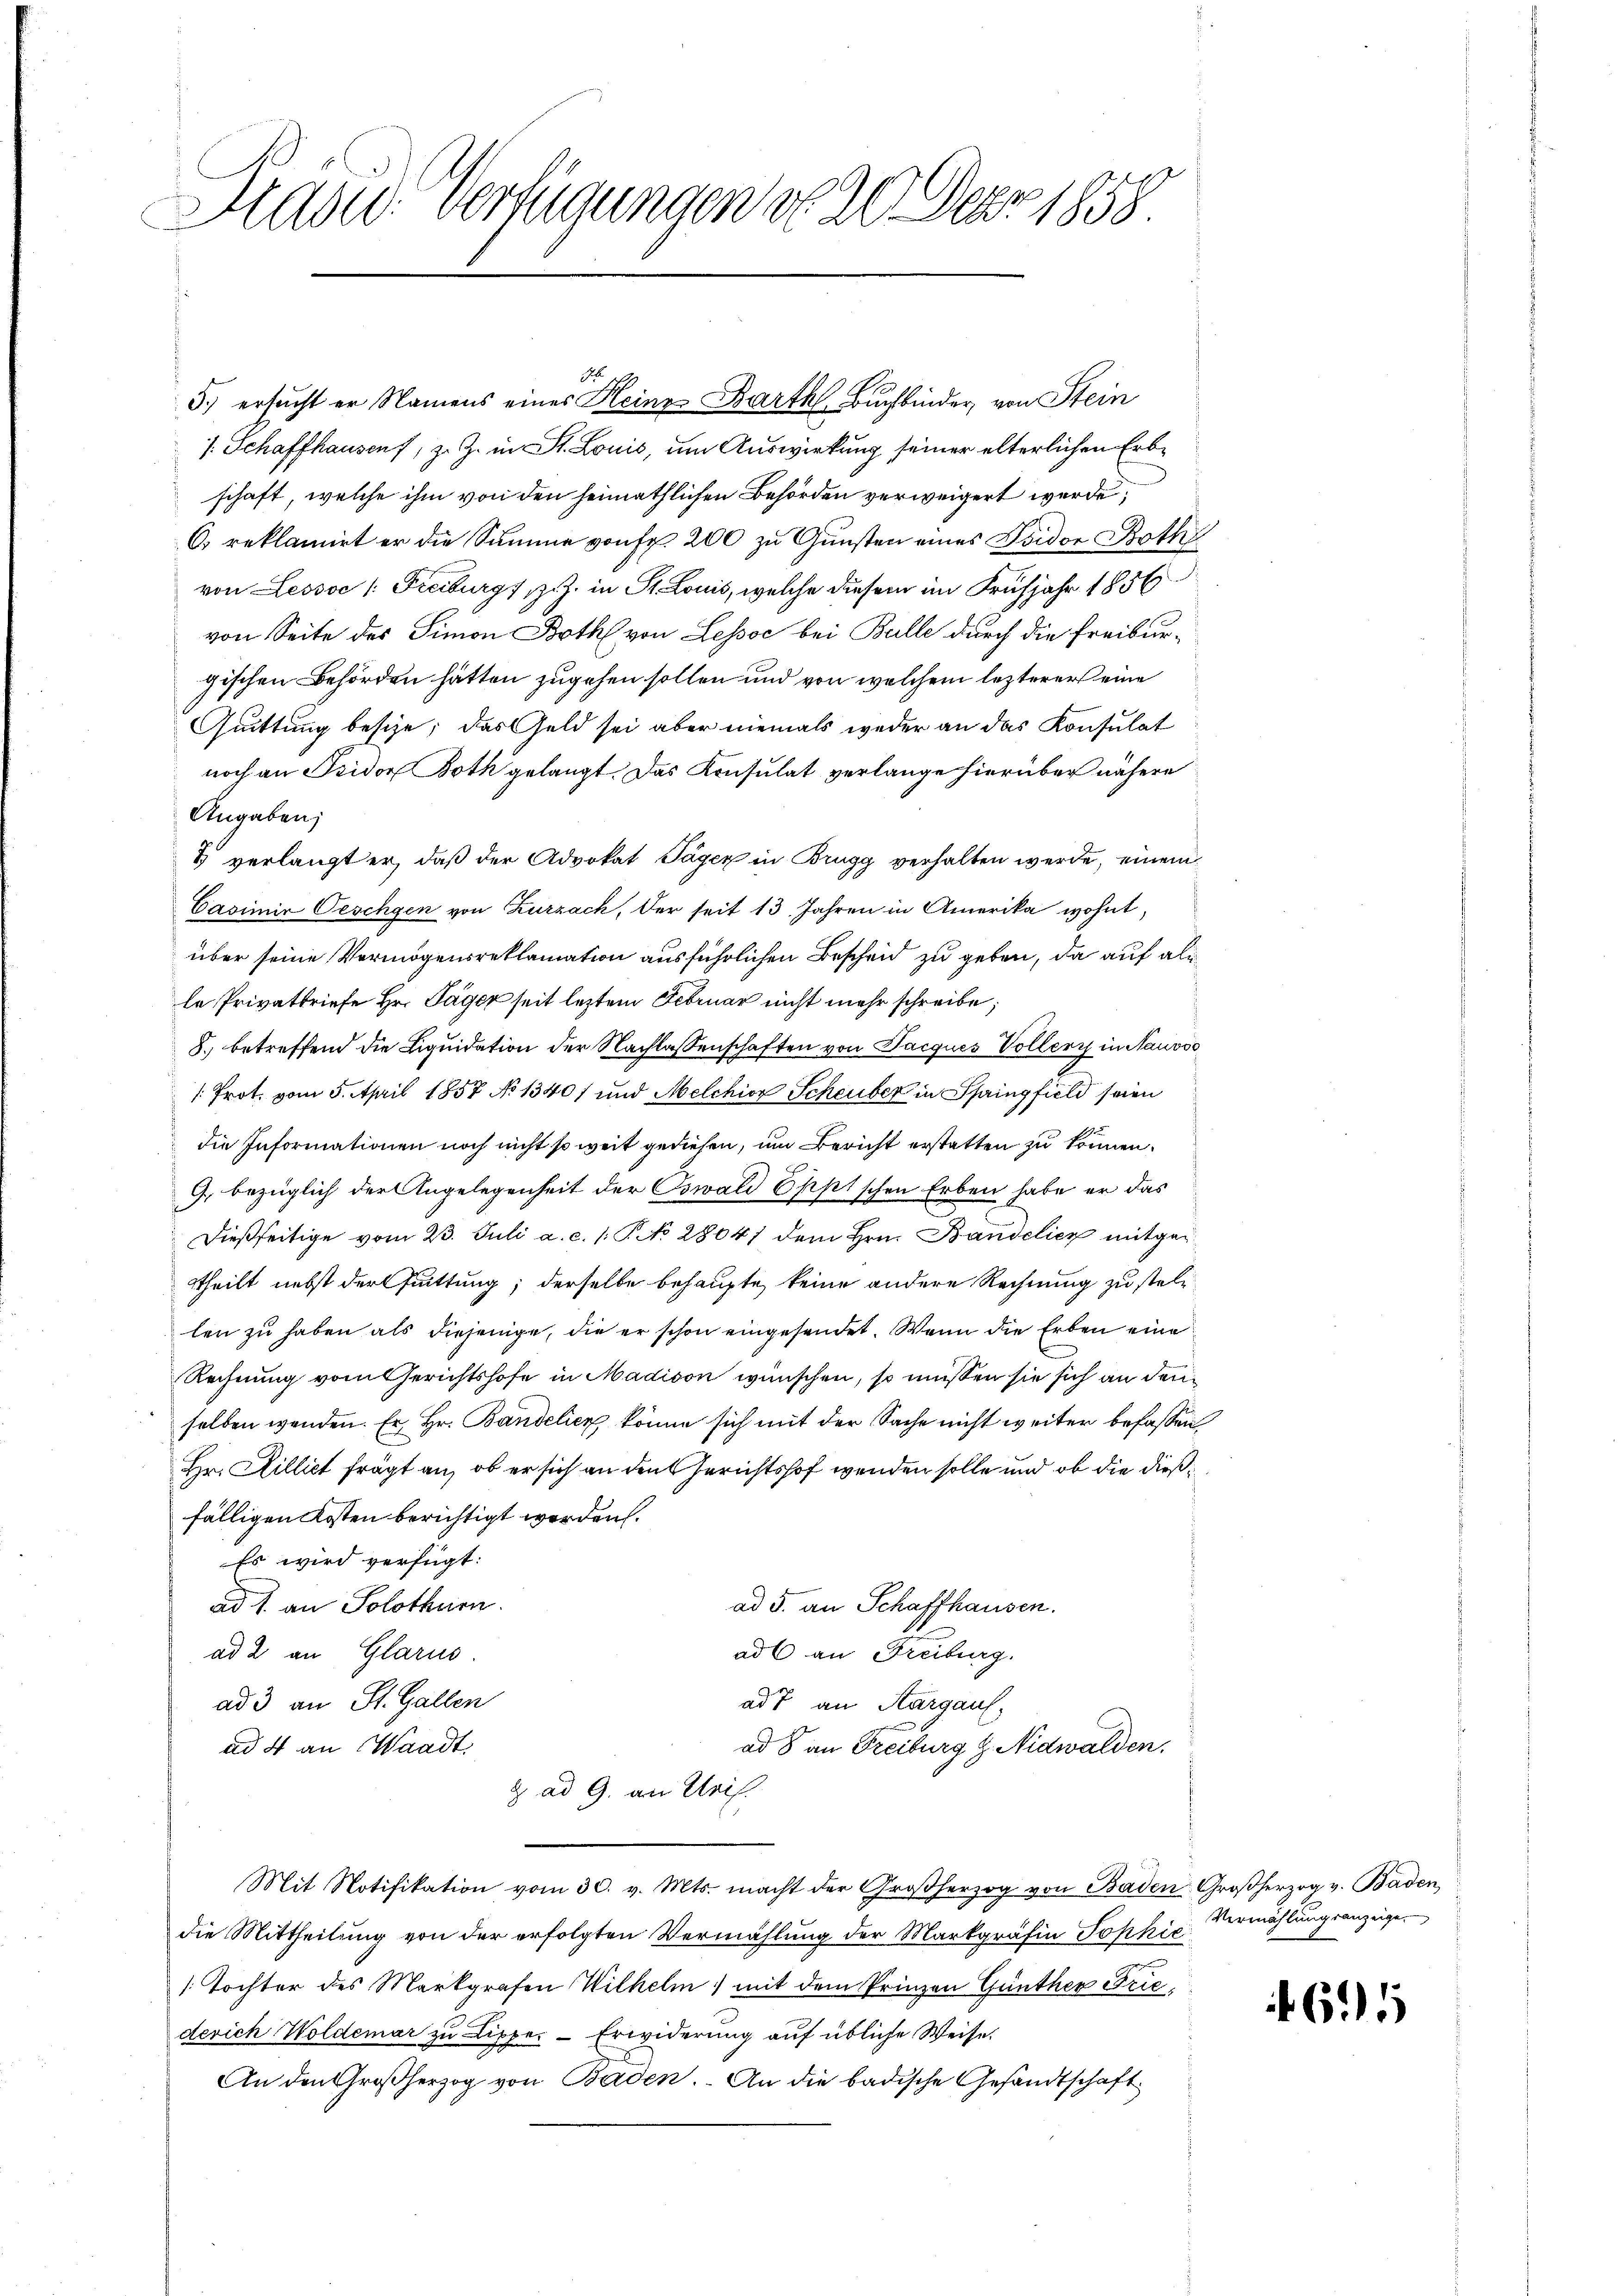
Sad: Verfügungen do 20. Depr. 1858.

/. Schaffhausen, z. Z. in St. Louis, um Auswirkung seiner elterlichen Erbschaft, welche ihm von den heimathlichen Behörden verweigert werde,
C. reklamirt er die Summe von Fr. 200 zu Gunsten eines Isidor Both
von Lessoe /: Freiburgs, z. Z. in St. Louis, welche diesem im Frühjahr 1856
von Seite des Simon Both von Lessoc bei Bulle durch die Freiburgischen Behörden hätten zugehen sollen und von welchem lezterer eine
Quittung besche; das Geld sei aber niemals weder an das Konsulat
noch an Fridor Both gelangt. Das Konsulat verlange hierüber nähere
Angaben;
3 verlangt er, daß der Advokat Pagen in Brugg verhalten werde, einem
Casimir Oeschgen von Zurzach, der seit 13 Jahren in Amerika wohnt,
über seine Vermögensreklamation ausführlichen Bescheid zu geben, da auf als
le Privatbriefe Hr. Pager seit leztem Februar nicht mehr schreibe;
8. betreffend die Liquidation der Nachlassenschaften von Pacques Voller in Nauoso
/: Prot. vom 5. April 1857 No 13407 und Melchior Scheuber in Springfield seien
die Informationen noch nicht so weit gediesen, um Bericht erstatten zu können.
G. bezüglich der Angelegenheit der Oswald Eppischen Erben habe er das
dießseitige vom 23. Juli a. c. 1: P. No 28041 dem Hrn. Bandelier mitgettheilt nebst der Quittung; derselbe behaupte, keine andere Rechnung zu stehe
len zu haben als diejenige, die er schon eingesendet. Wenn die Erben eine
Rechnung vom Gerichtshofe in Madison wünschen, so müssen sie sich an denselben werden. Er Hr. Bandelicz könne sich mit der Sache nicht weiter befassen
Hr. Hilliet frägt an, ob er sich an den Gerichtshof wenden solle und ob die dießfälligen Kosten berichtigt worden.
Es wird verfügt:
ad 1. an Solothurn.
ad 5. an Schaffhausen.
ad 6 an Freiburg.
ad 2. an Glarus.
ad 3 an St. Gallen
ad 7 an Aargaus,
ad 4 an Waadt.
ad 8 an Freiburg g. Nidwalden.
 ad G. an Urif.
Mit Notifikation vom 30. v. Mts. macht der Großherzog von Baden Großherzog v. Baden
die Mittheilung von der erfolgten Vermählung der Markgräfin Sophie
/. Tochter des Markgrafen Wilhelm mit dem Prinzen Günther Fric
derich Woldemar zu Lippe.- Erwiderung auf übliche Weise.
An den Großherzog von Baden. An die badische Gesandtschaft

dh
5.) ersucht er Namens eines Kleine Barth Buchbinder, von Stein

Vermählungsanzeige

465